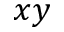
x y